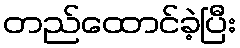
တည်ထောင်ခဲ့ပြီး